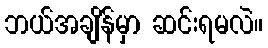
ဘယ်အချိန်မှာ ဆင်းရမလဲ။